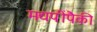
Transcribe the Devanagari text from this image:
मद्यपींपैकी